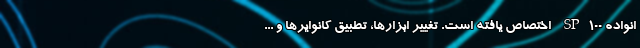
انواده SP100 اختصاص یافته است. تغییر ابزارها، تطبیق کانوایرها و ...